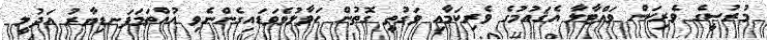
މުރުސީގެ ވެރިކަން ވައްޓާލާ އެޤައުމުގެ ވެރިކަމާއި ވަގުތީ ގޮތުން ހަވާލުވެވަޑައިގެންނެވި އުއްތަމަފަނޑިޔާރު އަދުލީ